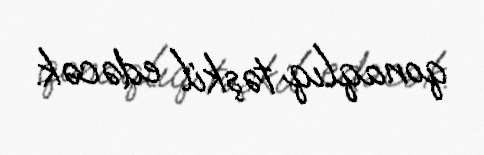
qonaqlıq təşkil edəcək.